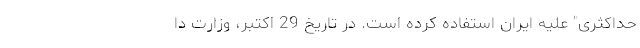
حداکثری" علیه ایران استفاده كرده است. در تاریخ 29 اکتبر، وزارت دا